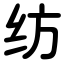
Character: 纺